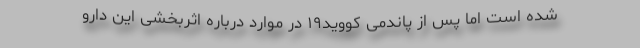
شده است اما پس از پاندمی کووید۱۹ در موارد درباره اثربخشی این دارو